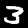
Digit: 3